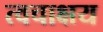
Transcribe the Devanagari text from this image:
त्वचाक्षय